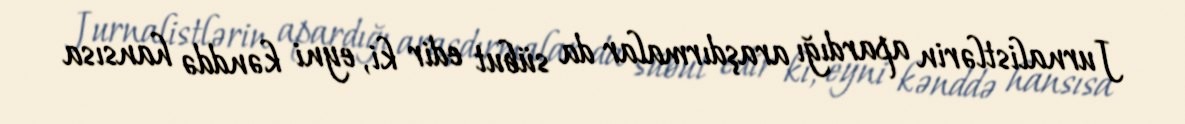
Jurnalistlərin apardığı araşdırmalar da sübut edir ki, eyni kənddə hansısa